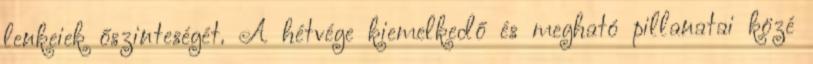
lenkeiek őszinteségét. A hétvége kiemelkedő és megható pillanatai közé